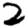
Digit: 2